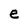
Character: e